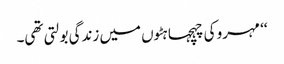
‘‘ مہرو کی چہچہاہٹوں میں زندگی بولتی تھی۔